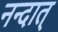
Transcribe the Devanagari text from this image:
नन्दात्